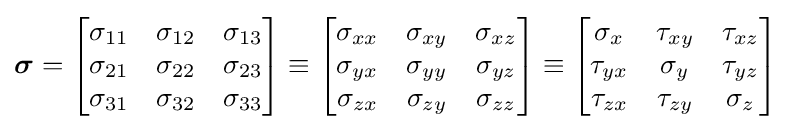
{\boldsymbol {\sigma }}=\left[{\begin{matrix}\sigma _{11}&\sigma _{12}&\sigma _{13}\\\sigma _{21}&\sigma _{22}&\sigma _{23}\\\sigma _{31}&\sigma _{32}&\sigma _{33}\\\end{matrix}}\right]\equiv \left[{\begin{matrix}\sigma _{xx}&\sigma _{xy}&\sigma _{xz}\\\sigma _{yx}&\sigma _{yy}&\sigma _{yz}\\\sigma _{zx}&\sigma _{zy}&\sigma _{zz}\\\end{matrix}}\right]\equiv \left[{\begin{matrix}\sigma _{x}&\tau _{xy}&\tau _{xz}\\\tau _{yx}&\sigma _{y}&\tau _{yz}\\\tau _{zx}&\tau _{zy}&\sigma _{z}\\\end{matrix}}\right]